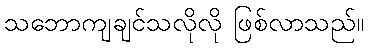
သဘောကျချင်သလိုလို ဖြစ်လာသည်။